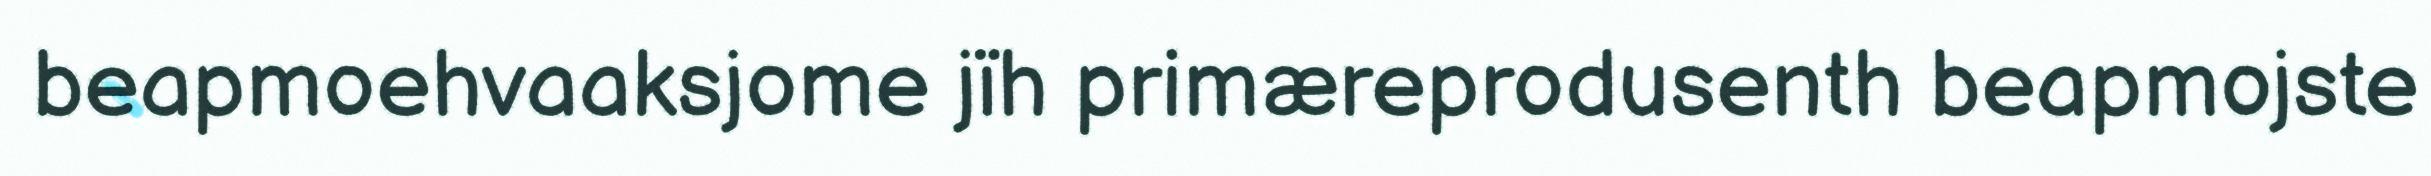
beapmoehvaaksjome jïh primæreprodusenth beapmojste